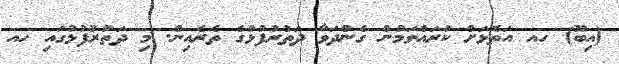
(އިބޫ) ހއ އަތޮޅަށް ކުރައްވަމުން ގެންދަވާ ދަތުރުފުޅުގެ ތެރެއިން. މި ދަތުރުފުޅުގައި ހއ